Annual report on the working of the lock hospitals in the Central Provinces
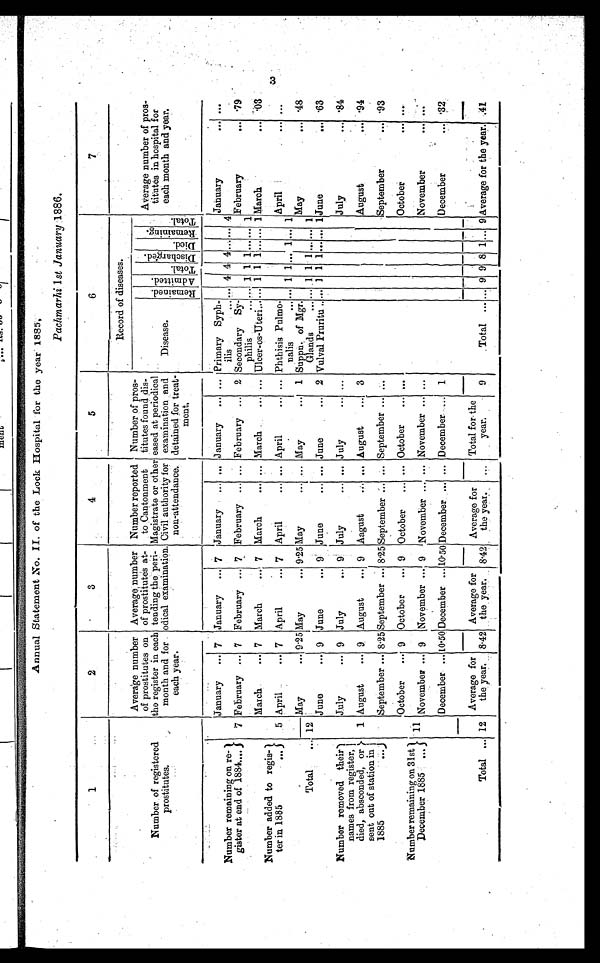
Annual Statement No. II. of the Lock Hospital for the year 1885.
Pachmarhi 1 st January 1886.
1
2
3
4
5
6
7
Number of registered
p r o s t i t u t e s .
Average number
of prostitutes on
the register in each
month and for
each year.
Average number
of prostitutes at
- t e n d i n g t h e p e r i
- o d i c a l e x a m i n a t i o n .
Number reported
to Cantonment
Magistrate or other
Civil authority for
non-attendance.
Number of pros
- t i t u t e s f o u n d d i s
- e a s e d a t p e r i o d i c a l
examination and
detained for treat
-ment.
Record of diseases.
Average number of pros
-titutes in hospital for
each month and year
.
Disease.
R e m a i n e d . A d m i t t e d .
T o t a l .
D i s c h a r g e d .
D i e d .
R e m a i n i n g .
T o t a l .
January
... 7 January
... 7 January
... . . . January
...
. . . Primary Syph
-ilis
...
. . . 4 4 4 . . . . . . 4
January
... ...
Number remaining on re
-gister at end of 1884....
7 February ... 7 February ... 7 February ... ... February ... 2
. . .
1 1 1 . . . ... 1
February
... ·79
Secondary Sy
-philis
...
March
... 7 March
...' 7 March
... ... March
... Ulcer-os-Uteri... ... 1 1 1 ... ... 1 March
... ·03
Number added to regis
-ter in 1885
...
April
... 7 April
... 7 April
... ... April
... ... Phthisis Pulmo
-nalis
...
. . . 1 1 . . . 1 . . . 1
April
. . . 1 1 1 . . . . . . 1
May
... ·48
May
... 9·25 May
... 9·25 May
... ... May
... 1 Suppn., of Mgr.
Glands
Total
... 12
June
... 9 June
... 9 June
... ... June
... 2 Vulval Pruritu... . . . 1 1 1 ... ... 1 June
... ·63
Number removed their
names from register,
died, absconded, or
sent out of station in
1885
. . .
1
July
...
August
...
9
9
July
...
August
...
9
9
July
...
August
...
. . .
. . .
July
. . .
August
...
. . .
3
July
...
August
...
·84
·94
September... 8.25 September... 8.25 September ...
. . . September... ...
September
... ·93
October
... 9 October
... 9 October
... October
...
. . .
October
Number remaining on 31st
December 1885
...
1 1
November ... 9 November ... 9 November... ... November... ...
November
... ...
December ... 10·50 December ...
10· 50 December... ... December ... 1
December
... ·32
Total ... 12
Average for
the year.
8·42
Average for the year.
8·42
Average for the year.
...
Total for the
year.
9
Total ... ... 9 9 8 1 ... 9 Average for the year. .41